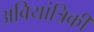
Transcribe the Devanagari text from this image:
अबियांत्रिकी